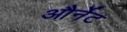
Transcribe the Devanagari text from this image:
और्नेट